system: You are a helpful assistant.
user:
Analyze the provided spectrum to determine if it is a **"Cataclysmic Variables (CV)"**.

- **Key Indicators for CV (Check for either state):**
    - **State 1: Quiescent / Low-State (Emission-Dominated)**
        - **(Primary):** Strong and *very broad* Hydrogen Balmer emission lines (e.g., $H\alpha$ at 6563 Å, $H\beta$ at 4861 Å). The 'broadness' (high velocity dispersion, often FWHM > 1000 km/s) is the key diagnostic, indicating a high-velocity accretion disk.
        - **(Secondary):** Broad neutral Helium (He I) emission lines (e.g., 5876 Å, 6678 Å).
        - **(Key Confirmation):** Presence of high-excitation *ionized* Helium (He II) emission at 4686 Å. This is a strong indicator of accretion onto a white dwarf.
        - **(Line Profile):** Emission lines may exhibit a 'double-peaked' profile, which is a classic signature of a rotating accretion disk viewed at high inclination.

    - **State 2: Outburst / High-State (Absorption-Dominated)**
        - **(Primary):** Spectrum is dominated by a bright, blue continuum (looks like a hot star).
        - **(Secondary):** The emission lines from State 1 are weak, absent, or 'filled in', and are replaced by broad, shallow *absorption* lines (primarily Balmer and He I).
        - **(Morphology):** The overall spectrum mimics a hot B/A-type star. The crucial difference is that the absorption lines are significantly broader, shallower, and more 'washed-out' (or 'smeared') than the sharp lines of a normal stellar photosphere, due to high rotational speeds and pressure broadening in the disk.

Think first, call **spectral_visualization_tool** if needed to examine features in detail, then provide your final answer. Your response must adhere to the following strict rules:
1.  **Overall Structure:** Your response must follow the format `<think>...</think> <tool_call>...</tool_call> (if a tool is used) <answer>...</answer>`.
2.  **Tool Usage Constraint:** You may only make **one** tool call per turn.
3.  **Final Answer Format:** In the `<answer>` tag, your conclusion must be inside a `\boxed{}` command (e.g., `\boxed{YES}`), followed by your justification.

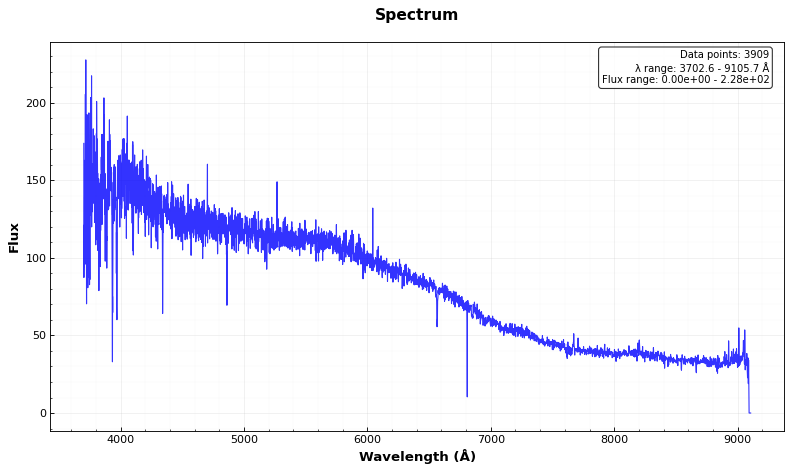
Answer: NO